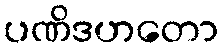
ပဏိဒဟတော